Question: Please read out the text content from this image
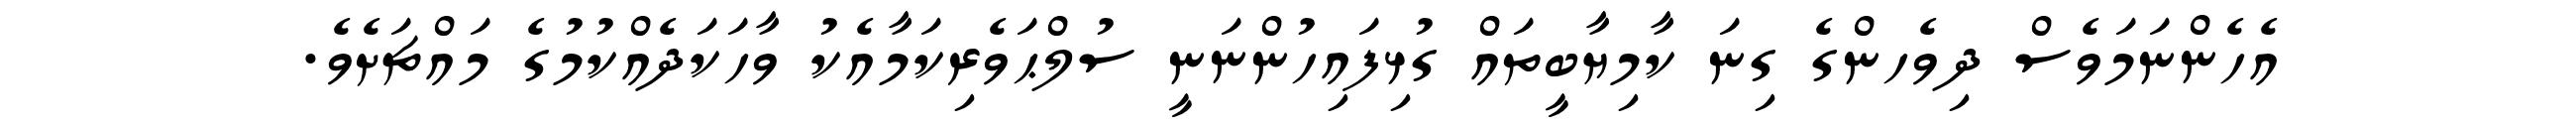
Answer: އެހެންނަމަވެސް ދިވެހންގެ ގިނަ ކާމިޔާބީތައް ގުޅިފައިހުންނަނީ ސުލްޙަވެރިކަމާއެކު ވާހަކަދެއްކުމުގެ މައްޗަށެވެ.